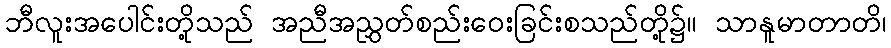
ဘီလူးအပေါင်းတို့သည် အညီအညွှတ်စည်းဝေးခြင်းစသည်တို့၌။ သာနူမာတာတိ၊